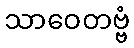
သာဝေတဗ္ဗံ